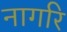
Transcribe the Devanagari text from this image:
नागरि